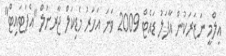
އިލްމީ ނަޒަރަކުން އާފަލު ޑައެޓް 2009 ވަނަ އަހަރު މެޑިކަލް ޖާރނަލް "އެޕަޓައިޓް"